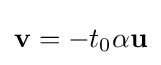
\mathbf {v} =-t_{0}\alpha \mathbf {u}